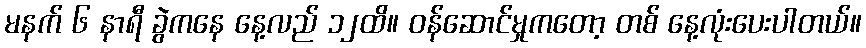
မနက် ၆ နာရီ ခွဲကနေ နေ့လည် ၁၂ထိ။ ဝန်ဆောင်မှုကတော့ တစ် နေ့လုံးပေးပါတယ်။